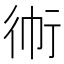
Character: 𲀛